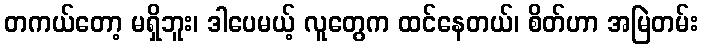
တကယ်တော့ မရှိဘူး၊ ဒါပေမယ့် လူတွေက ထင်နေတယ်၊ စိတ်ဟာ အမြဲတမ်း